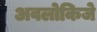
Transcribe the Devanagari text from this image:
अवलोकिजे